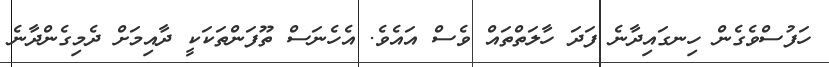
ހަފުސްވެގެން ހިނގައިދާނެ ފަދަ ހާލަތްތައް ވެސް އައެވެ. އެހެނަސް ތޫފަންތަކަކީ ދާއިމަށް ދެމިގެންދާނެ